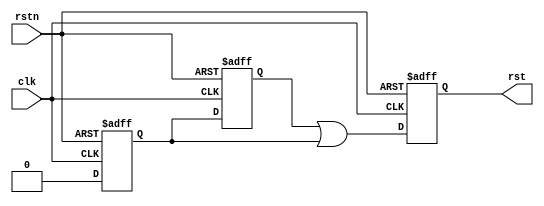
module sync_rst (
    input clk,
    input rstn,

    output reg rst
);

  reg rst0, rst1;
  always @(posedge clk or negedge rstn) begin
    if (~rstn) begin
      rst0 <= 1'b1;
      rst1 <= 1'b1;
      rst  <= 1'b1;
    end else begin
      rst0 <= 1'b0;
      rst1 <= rst0;
      rst  <= rst1 | rst0;
    end
  end
endmodule